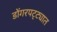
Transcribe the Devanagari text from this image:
डोंगरपट्ट्यात